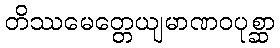
တိဿမေတ္တေယျမာဏဝပုစ္ဆာ